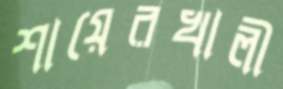
শায়েরখালী